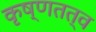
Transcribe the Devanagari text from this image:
कृष्णतत्व